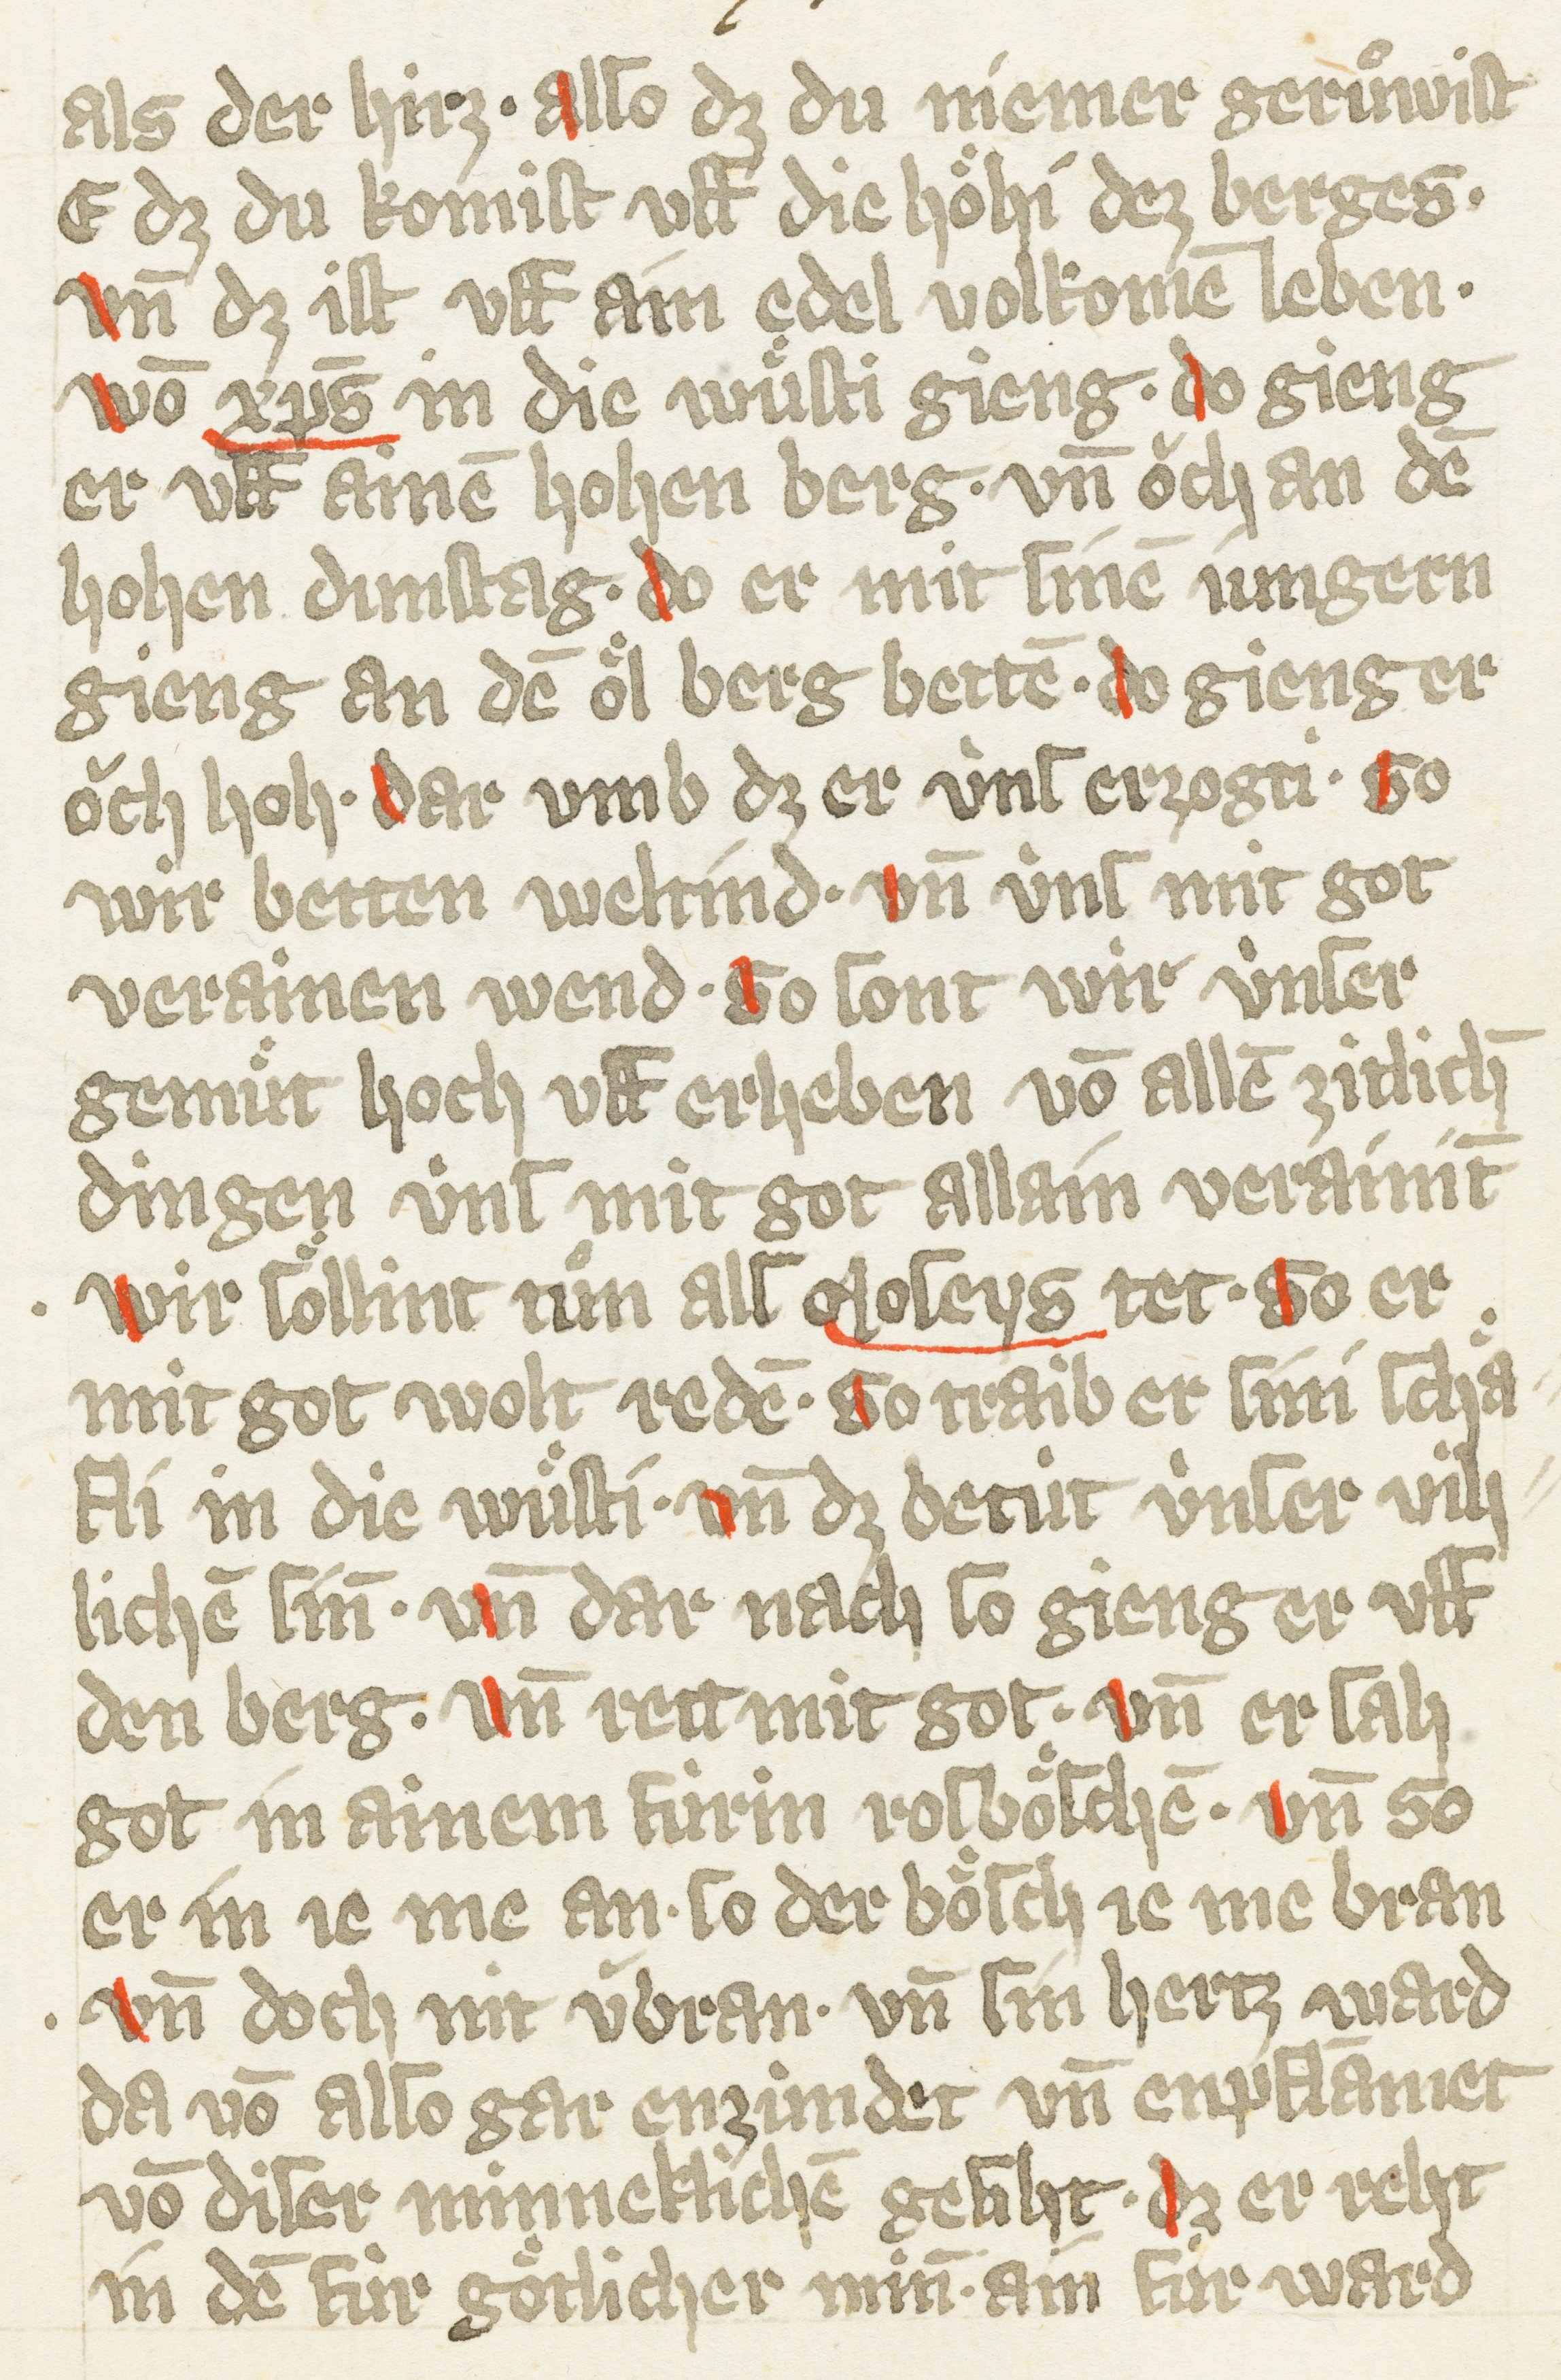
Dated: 1385–1415